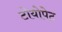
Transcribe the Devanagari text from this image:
टोयोपेट